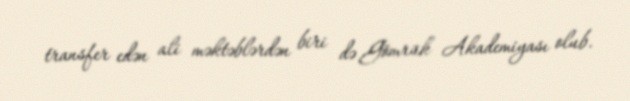
transfer edən ali məktəblərdən biri də Gömrük Akademiyası olub.